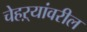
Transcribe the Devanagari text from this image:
चेहऱ्यांवरील